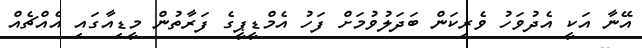
އޭނާ އަކީ އެދުވަހު ވެރިކަން ބަދަލުވުމަށް ފަހު އެމްޑީޕީގެ ފަރާތުން މީޑިއާގައި އެއްޗެއް